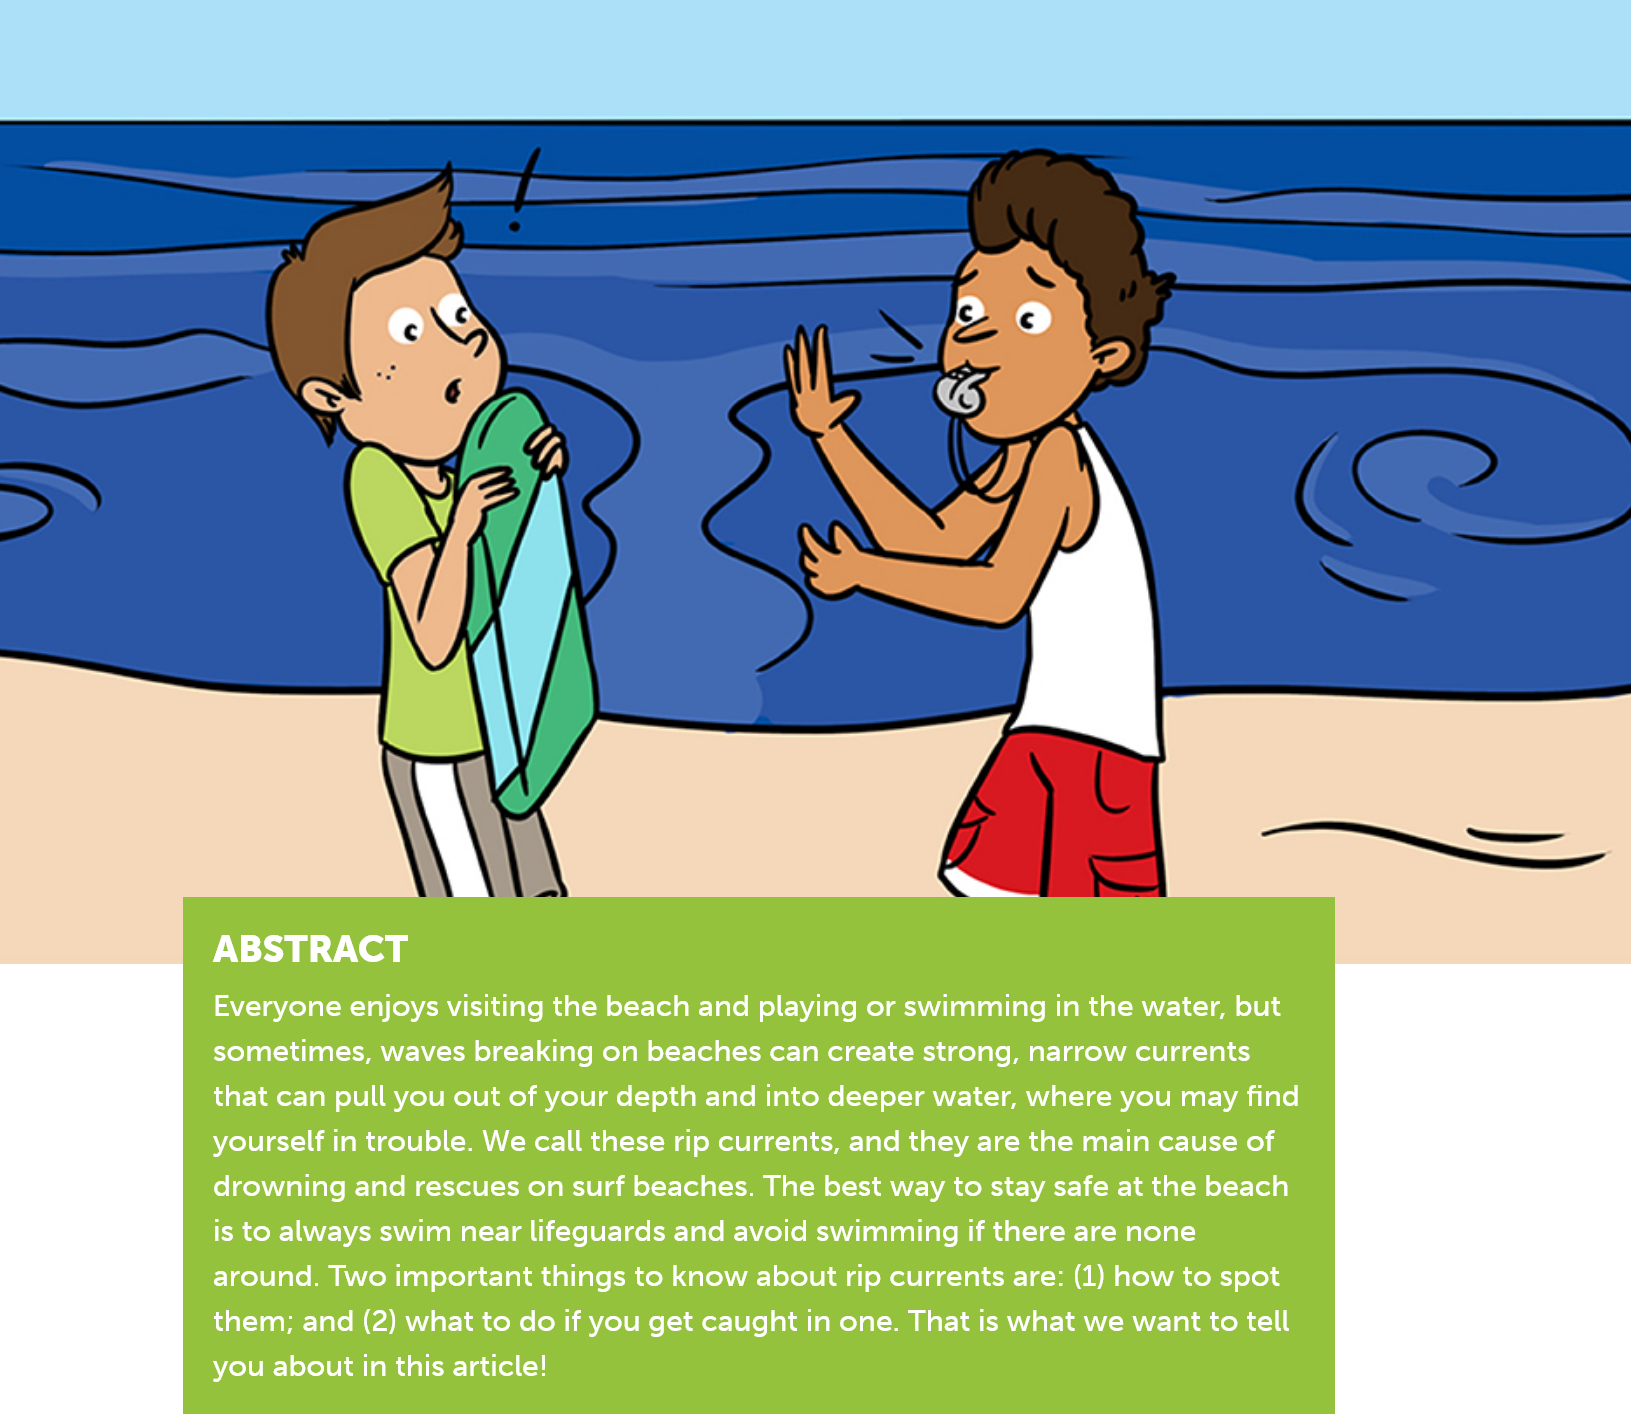
ABSTRACT
     Everyone enjoys visiting the beach and playing or swimming in the water, but
     sometimes, waves breaking on beaches can create strong, narrow currents
     that can pull you out of your depth and into deeper water, where you may find
     yourself in trouble. We call these rip currents, and they are the main cause of
     drowning and rescues on surf beaches. The best way to stay safe at the beach
     is to always swim near lifeguards and avoid swimming if there are none
     around. Two important things to know about rip currents are: (1) how to spot
     them; and (2) what to do if you get caught in one. That is what we want to tell
     you about in this article!